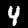
Label: 4